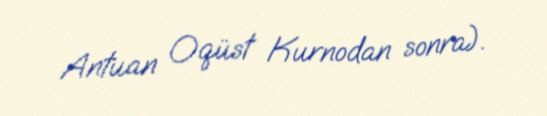
Antuan Oqüst Kurnodan sonra).